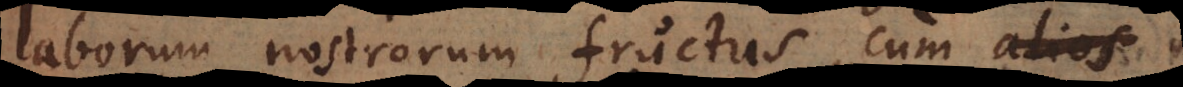
laborum nostrorum fructus, cum